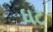
ઘટ